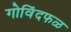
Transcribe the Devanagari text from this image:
गोविंदफळ